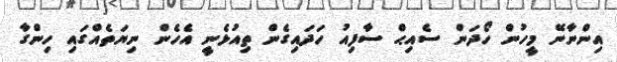
އިންނާނޭ މީހުން ހޯދަން ސެއިޙް ސާފިއު ހަދައިގެން ތިއުޅެނީ އެހެން ނިޔަތެއްގައި ހިންގާ